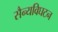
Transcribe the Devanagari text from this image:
सैन्यविघटन